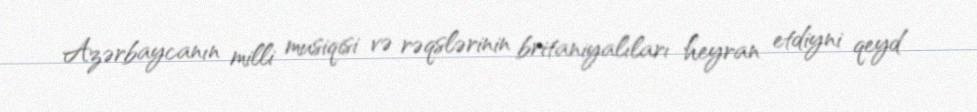
Azərbaycanın milli musiqisi və rəqslərinin britaniyalıları heyran etdiyni qeyd